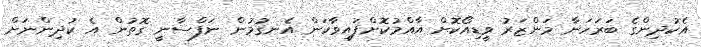
އެކުދިންގެ ބަރަހަނާ މަންޒަރު ވީޑިއޯކޮށް އާއްމުކޮށްފައިވާކަން އެނގުމުން ނަފްސާނީ ގޮތުން އެ ކުދިންނަށް